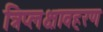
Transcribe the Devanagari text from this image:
त्रिप्लक्षावहरण